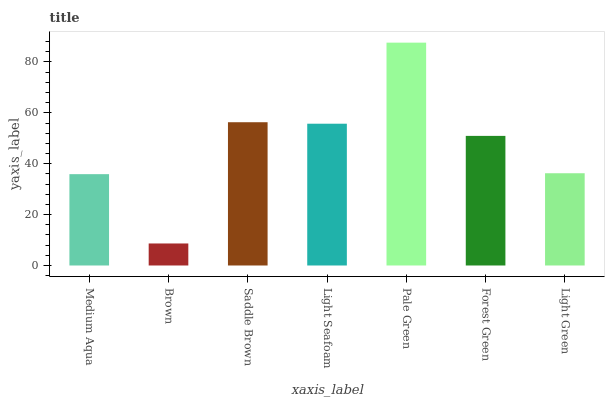
| xaxis_label | bars |
 | --- | --- |
 | Medium Aqua | 35.9 |
 | Brown | 8.66 |
 | Saddle Brown | 56.3 |
 | Light Seafoam | 55.7 |
 | Pale Green | 87.6 |
 | Forest Green | 50.9 |
 | Light Green | 36.3 |